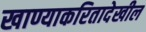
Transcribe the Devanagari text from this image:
खाण्याकरितादेखील